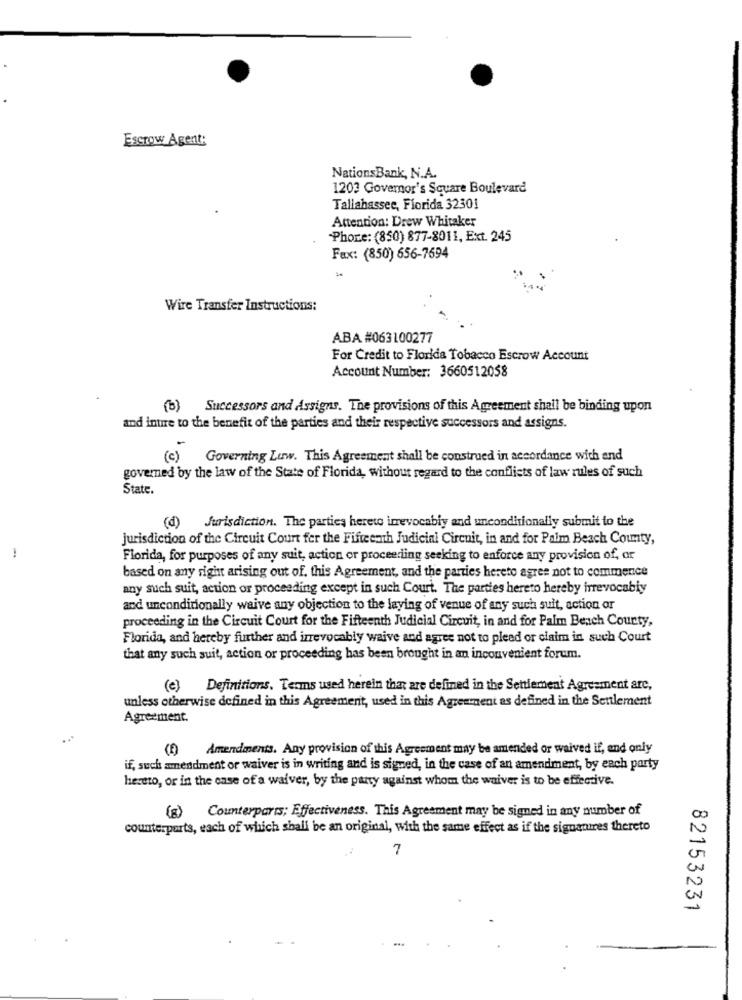
Escrow Agent:
Nations Bank, N.A.
1203 Governor's Square Boulevard
Tallahassee, Florida 32301
Attention: Drew Whitaker
Phone: (850) 877-8011, Ext. 245
Fax: (850) 656-7694
Wire Transfer Instructions:
ABA #063100277
For Credit to Florida Tobacco Escrow Account
Account Number: 3660512058
(b) Successors and Assigns. The provisions of this Agreement shall be binding upon
and intre to the benefit of the parties and their respective successors and assigns.
(c) Governing Luw. This Agreement shall be construed in accordance with and
governed by the law of the State of Florida, without regard to the conflicts of law rules of such
State.
(d) Jurisdiction. The parties hereto irrevocabiy and unconditionally submit to the
jurisdiction of the Circuit Court fer the Fifteenth Judicial Circuit, in and for Palm Beach County,
1
Florida, for purposes of any suit, action or proceeding seeking to enforce any provision of, or
based on any right arising out of. this Agreement, and the parties hereto agree not to commence
any such suit, action or proceeding except in such Court. The parties hereto hereby irrevocabiy
and unconditionally waive any objection to the laying of venue of any such suit, action or
proceeding in the Circuit Court for the Fifteenth Judicial Circuit, in and for Palm Beach County,
Florida, and hereby further and irrevocably waive and agree not to plead or claim in such Court
that any such suit, action or proceeding has been brought in an inconvenient forum.
(e) Definitions. Terms used herein that are defined in the Settlement Agreement arc,
unless otherwise defined in this Agreement, used in this Agreement as defined in the Settlement
Agreement.
Amendments. Any provision of this Agreement may be amended or waived if, and only
if, such amendment or waiver is in writing and is signed, in the case of an amendment, by each party
hereto, or in the case of a waiver, by the party against whom the waiver is to be effective.
(8) Counterparts; Effectiveness. This Agreement may be signed in any number of
counterparts, each of which shall be an original, with the same effect as if the signatures thereto
7
82153231